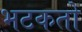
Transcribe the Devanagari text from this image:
भटकतो